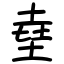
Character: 㙓